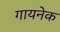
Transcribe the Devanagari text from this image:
गायनेक